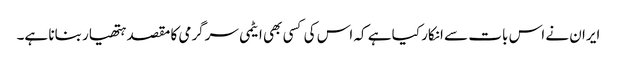
ایران نے اس بات سے انکار کیا ہے کہ اس کی کسی بھی ایٹمی سرگرمی کا مقصد ہتھیار بنانا ہے۔